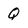
Character: Q